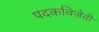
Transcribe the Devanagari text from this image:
पदकविजेती